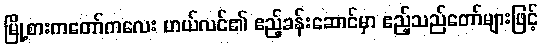
မြို့စားကတော်ကလေး ဟယ်လင်၏ ဧည့်ခန်းဆောင်မှာ ဧည့်သည်တော်များဖြင့်